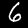
Digit: 6